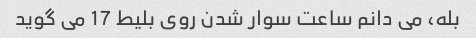
بله، می دانم ساعت سوار شدن روی بلیط 17 می گوید